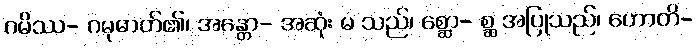
ဂမိဿ- ဂမုဓာတ်၏၊ အန္တော- အဆုံး မ သည်၊ စ္ဆော- စ္ဆ အပြုသည်၊ ဟောတိ-